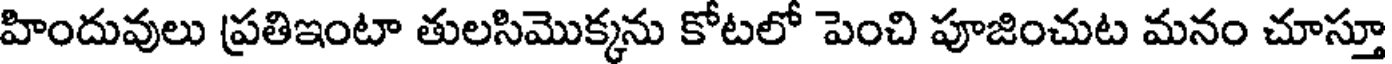
హిందువులు ప్రతిఇంటా తులసిమొక్కను కోటలో పెంచి పూజించుట మనం చూస్తూ